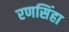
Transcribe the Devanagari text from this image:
रणसिंहा